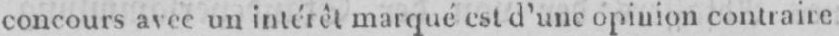
concours avec un intérêt marqué est d’une opinion contraire